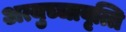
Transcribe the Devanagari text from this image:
अत्युच्चावृत्ति